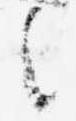
之